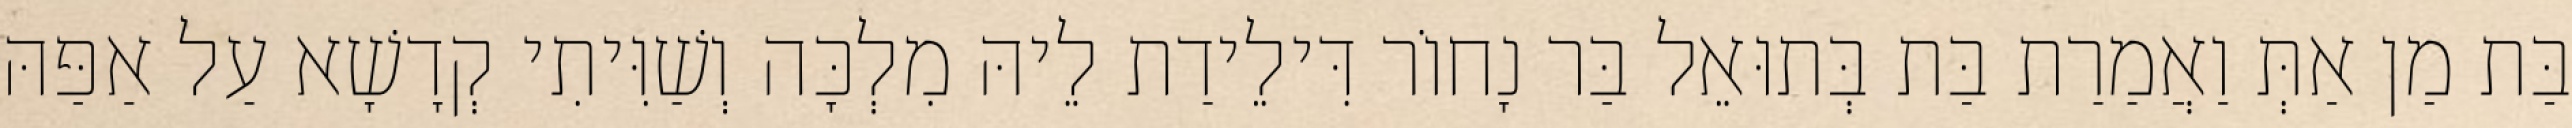
בַּת מַן אַתְּ וַאֲמַרַת בַּת בְּתוּאֵל בַּר נָחוֹר דִּילֵידַת לֵיהּ מִלְכָּה וְשַׁוִּיתִי קְדָשָׁא עַל אַפַּהּ